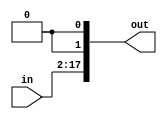
module shift2_16b(in, out);
	input [15:0] in;
	output [17:0] out;
	
	genvar i;
	generate for (i=0; i<16; i=i+1) begin:in_loop
		assign out[i+2] = in[i];
	end
	endgenerate
	
	assign out[0] = 0;
	assign out[0] = 0;

endmodule